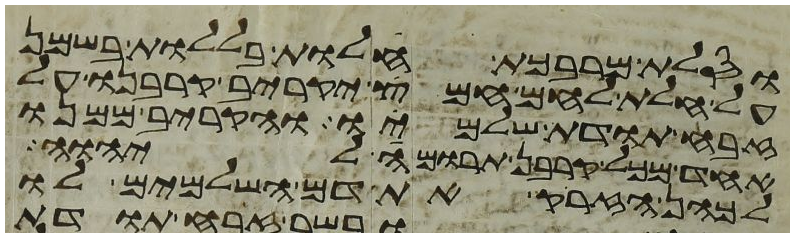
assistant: וסלת מרבכת חלות בללות בשמן
על חלת לחם חמץ יקריב קרבנו על
זבח תודת שלמיו והקריב ממנו
אחד מכל קרבן תרומה ליהוה
לכהן הזרק את דם השלמים לו